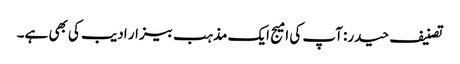
تصنیف حیدر: آپ کی امیج ایک مذہب بیزار ادیب کی بھی ہے۔